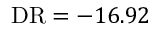
\mathrm { D R } = - 1 6 . 9 2 \